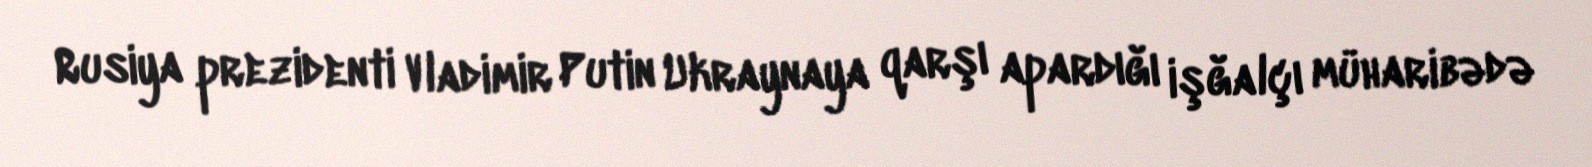
Rusiya prezidenti Vladimir Putin Ukraynaya qarşı apardığı işğalçı müharibədə